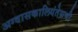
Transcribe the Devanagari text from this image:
अग्वासकालियंतेसची